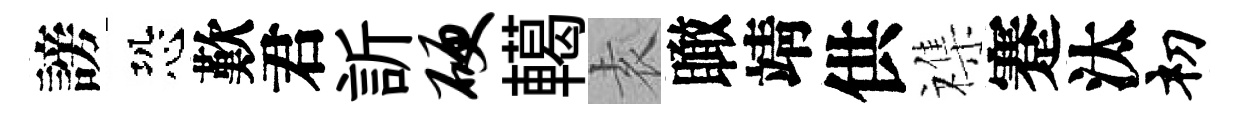
謗恐歎君訢硬轕𡊮瞰靖供襍蹇汰𥘉